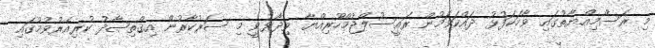
މި ރަސްމިއްޔާތުގައި ވާހަކަފުޅު ދައްކަވަމުން ރައީސުލްޖުމްހޫރިއްޔާ ވިދާޅުވީ މި ސަރުކާރުން އިޤްތިޞާދު ކުރިއެރުވުމުގައި